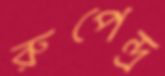
রুপেন্দ্র